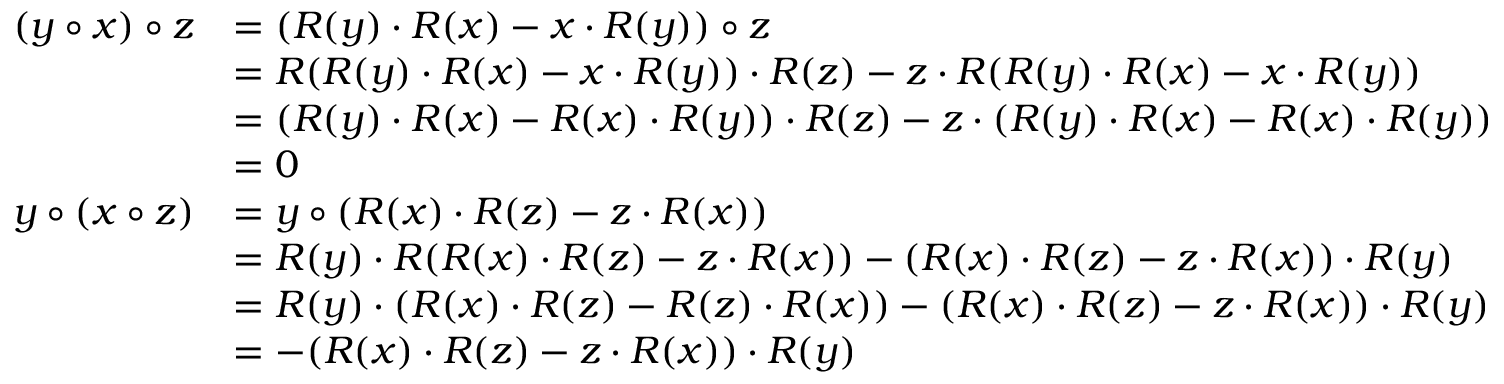
\begin{array} { r l } { ( y \circ x ) \circ z } & { = ( R ( y ) \cdot R ( x ) - x \cdot R ( y ) ) \circ z } \\ & { = R ( R ( y ) \cdot R ( x ) - x \cdot R ( y ) ) \cdot R ( z ) - z \cdot R ( R ( y ) \cdot R ( x ) - x \cdot R ( y ) ) } \\ & { = ( R ( y ) \cdot R ( x ) - R ( x ) \cdot R ( y ) ) \cdot R ( z ) - z \cdot ( R ( y ) \cdot R ( x ) - R ( x ) \cdot R ( y ) ) } \\ & { = 0 } \\ { y \circ ( x \circ z ) } & { = y \circ ( R ( x ) \cdot R ( z ) - z \cdot R ( x ) ) } \\ & { = R ( y ) \cdot R ( R ( x ) \cdot R ( z ) - z \cdot R ( x ) ) - ( R ( x ) \cdot R ( z ) - z \cdot R ( x ) ) \cdot R ( y ) } \\ & { = R ( y ) \cdot ( R ( x ) \cdot R ( z ) - R ( z ) \cdot R ( x ) ) - ( R ( x ) \cdot R ( z ) - z \cdot R ( x ) ) \cdot R ( y ) } \\ & { = - ( R ( x ) \cdot R ( z ) - z \cdot R ( x ) ) \cdot R ( y ) } \end{array}